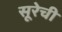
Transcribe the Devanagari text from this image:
सूरेची